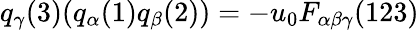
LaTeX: q_{\gamma}(3)(q_{\alpha}(1)q_{\beta}(2))=-u_{0}F_{\alpha\beta\gamma}(123)